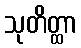
သုတိတ္ထာ